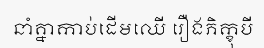
នាំគ្នាកាប់ដើមឈើ រឿងភិក្ខុបី